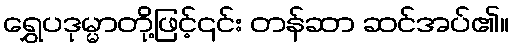
ရွှေပဒုမ္မာတို့ဖြင့်၎င်း တန်ဆာ ဆင်အပ်၏။